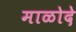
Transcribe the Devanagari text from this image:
माळोदे